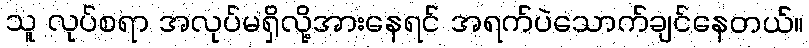
သူ လုပ်စရာ အလုပ်မရှိလို့အားနေရင် အရက်ပဲသောက်ချင်နေတယ်။